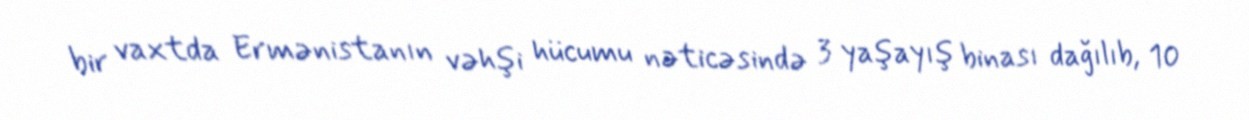
bir vaxtda Ermənistanın vəhşi hücumu nəticəsində 3 yaşayış binası dağılıb, 10